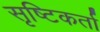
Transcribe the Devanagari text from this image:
सृष्‍टिकर्ता